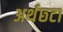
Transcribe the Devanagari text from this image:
अर्थछ्टा